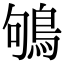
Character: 鴝